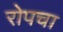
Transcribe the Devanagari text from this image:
रोपचा